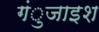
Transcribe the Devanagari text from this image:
गंुजाइश